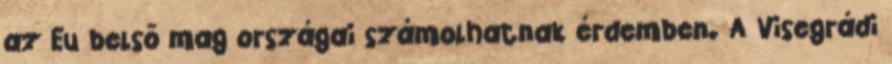
az Eu belső mag országai számolhatnak érdemben. A Visegrádi